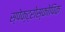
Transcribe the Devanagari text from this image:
स्पेक्ट्रोस्कोपिक